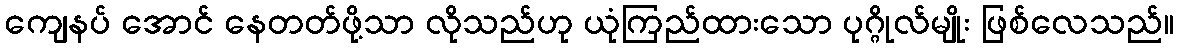
ကျေနပ် အောင် နေတတ်ဖို့သာ လိုသည်ဟု ယုံကြည်ထားသော ပုဂ္ဂိုလ်မျိုး ဖြစ်လေသည်။